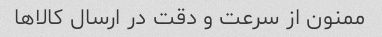
ممنون از سرعت و دقت در ارسال کالاها